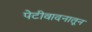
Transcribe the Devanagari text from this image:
पेटीवादनातून